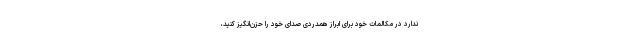
ندارد در مکالمات خود برای ابراز همدردی صدای خود را حزن‌انگیز کنید،